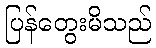
ပြန်တွေးမိသည်